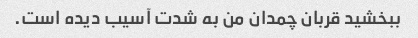
ببخشید قربان چمدان من به شدت آسیب دیده است.